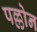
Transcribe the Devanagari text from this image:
पल्लोन